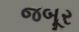
જબૂર